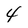
Character: 4